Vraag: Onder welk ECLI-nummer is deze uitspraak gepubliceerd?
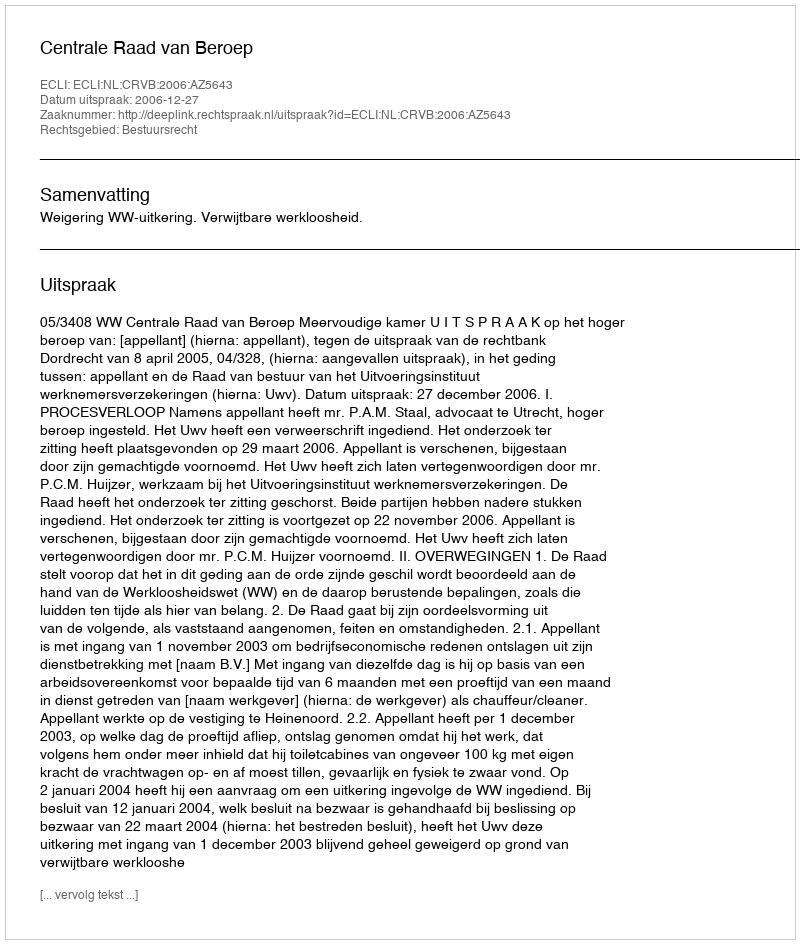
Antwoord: ECLI:NL:CRVB:2006:AZ5643